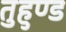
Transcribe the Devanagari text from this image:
तुहुण्ड